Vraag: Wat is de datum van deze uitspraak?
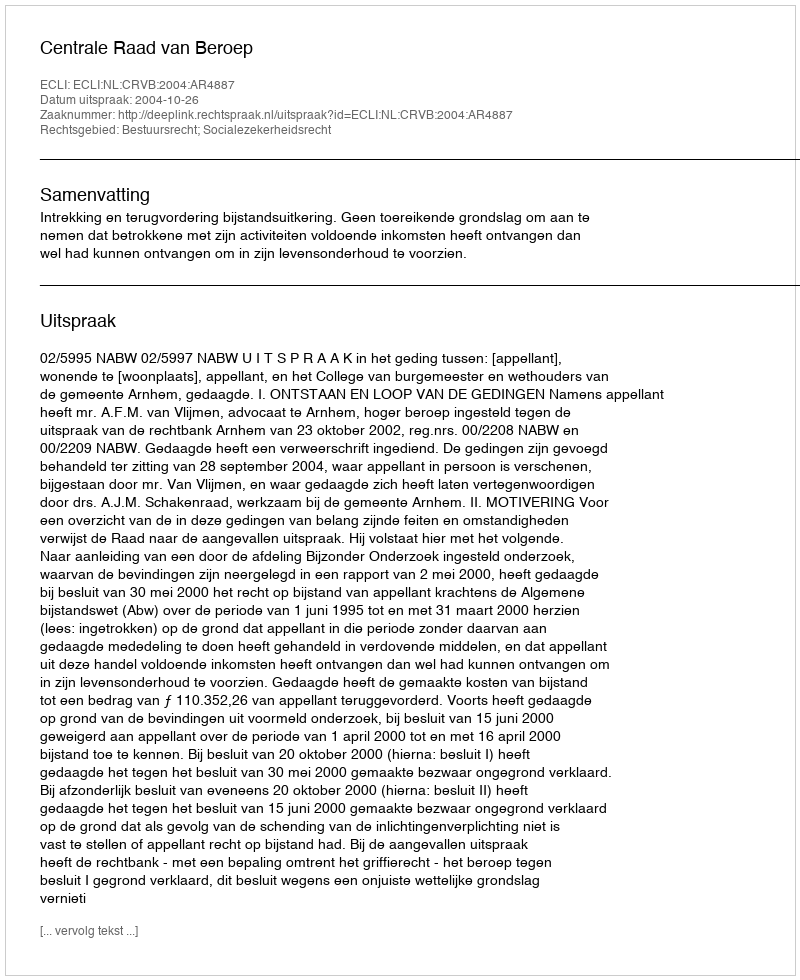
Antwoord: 2004-10-26